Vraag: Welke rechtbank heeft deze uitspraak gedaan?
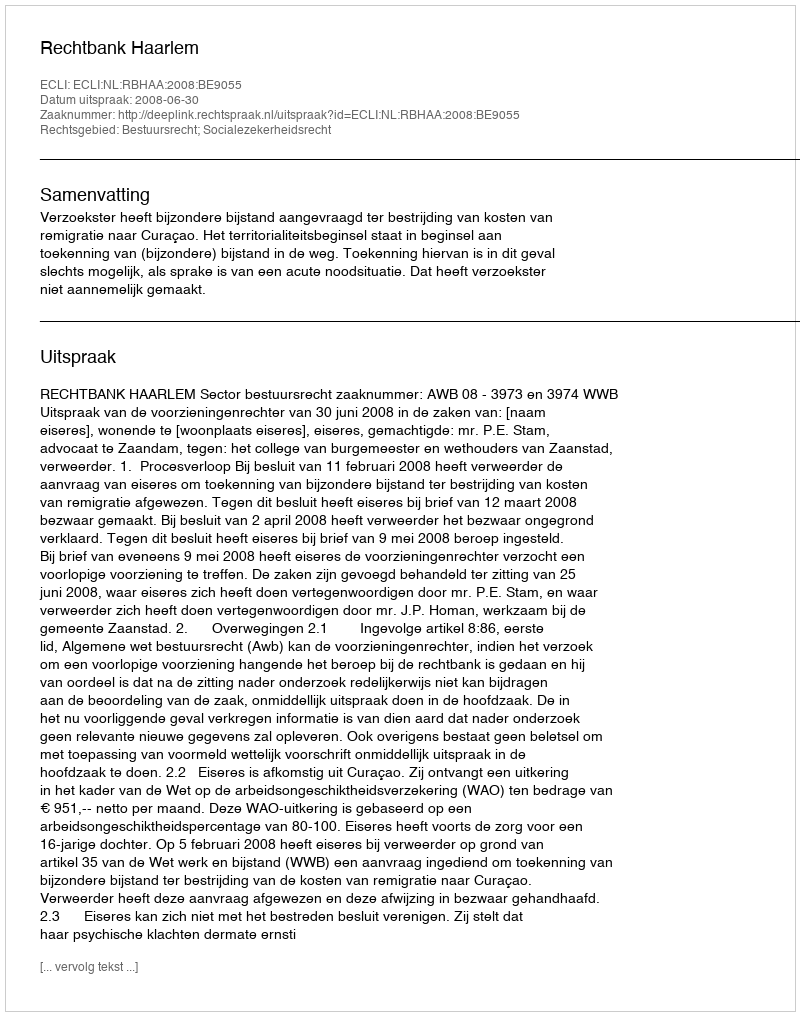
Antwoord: Rechtbank Haarlem